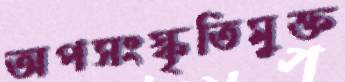
অপসংস্কৃতিমুক্ত